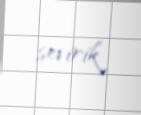
sevirik.